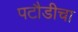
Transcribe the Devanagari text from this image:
पटौडीचा